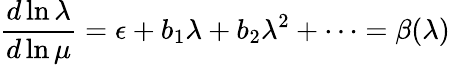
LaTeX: \frac{d\ln\lambda}{d\ln\mu}=\epsilon+b_{1}\lambda+b_{2}\lambda^{2}+\dots=\beta(\lambda)